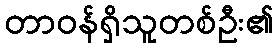
တာဝန်ရှိသူတစ်ဦး၏